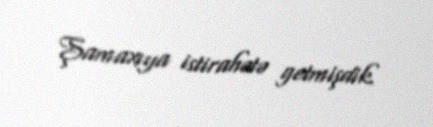
Şamaxıya istirahətə getmişdik.